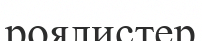
роялистер